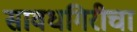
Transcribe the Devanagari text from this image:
सावधगिरीचा